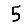
Digit: 5